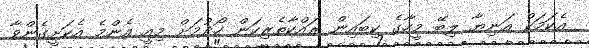
އެކަމަކު އަނިޔާ ލިބޭ މީހާގެ ކިބައިން ރައްކާތެރިކަން ހޯދުމަށް މިއީ އެންމެ އެކަށީގެންވާ